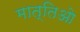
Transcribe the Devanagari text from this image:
मात्तिओ